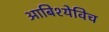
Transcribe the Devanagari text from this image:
आबिश्येविच